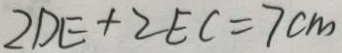
2 D E + 2 E C = 7 c m